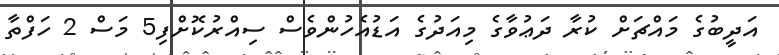
އަދީބުގެ މައްޗަށް ކުރާ ދަޢުވާގެ މިއަދުގެ އަޑުއެހުންވެސް ސިއްރުކޮށްފި5 މަސް 2 ހަފްތާ